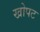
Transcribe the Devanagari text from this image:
खोपट